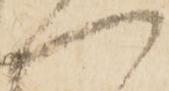
へ